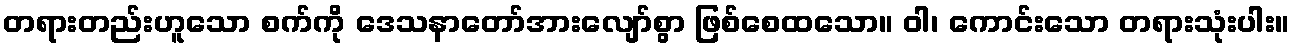
တရားတည်းဟူသော စက်ကို ဒေသနာတော်အားလျော်စွာ ဖြစ်စေထသော။ ဝါ၊ ကောင်းသော တရားသုံးပါး။